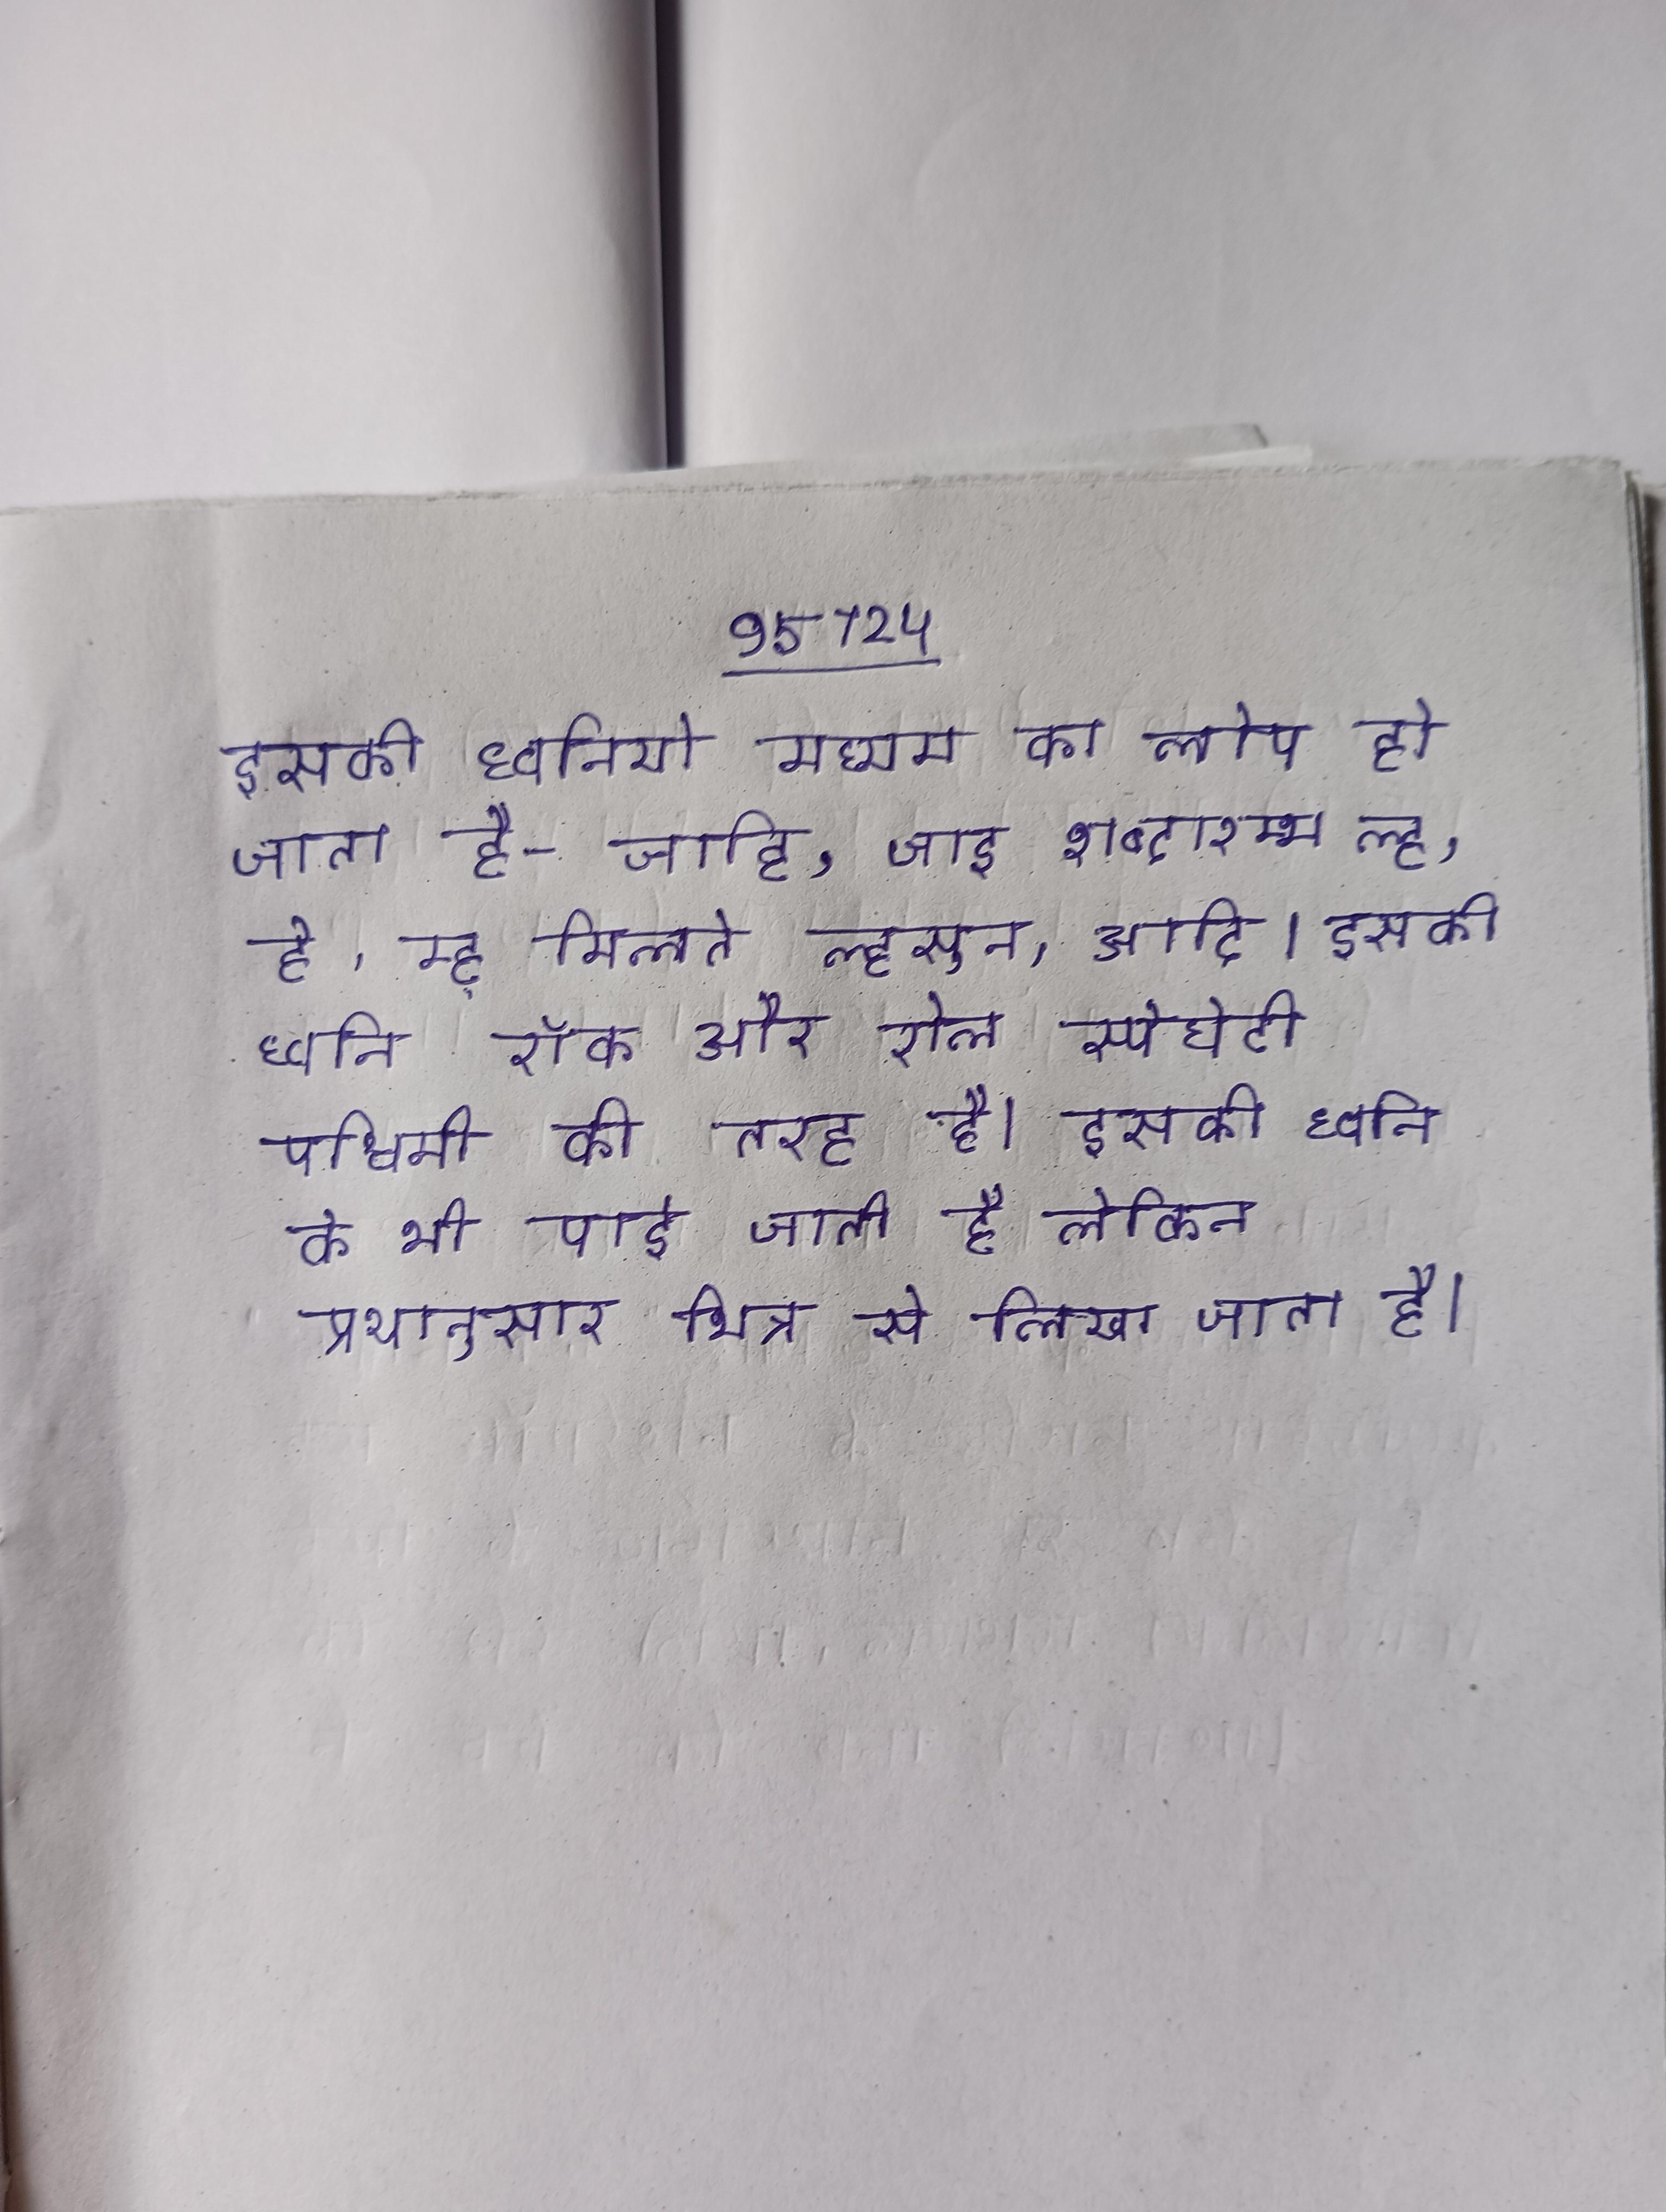
इसकी ध्वनियो मध्यम का लोप हो जाता है- जाहि, जाइ शब्दारम्भ ल्ह, र्ह, म्ह् मिलते ल्हसुन, आदि । इसकी ध्वनि रॉक और रोल स्पेघेटी पश्चिमी की तरह है । इसकी ध्वनि के भी पाई जाती है लेकिन प्रथानुसार भिन्न से लिखा जाता है ।